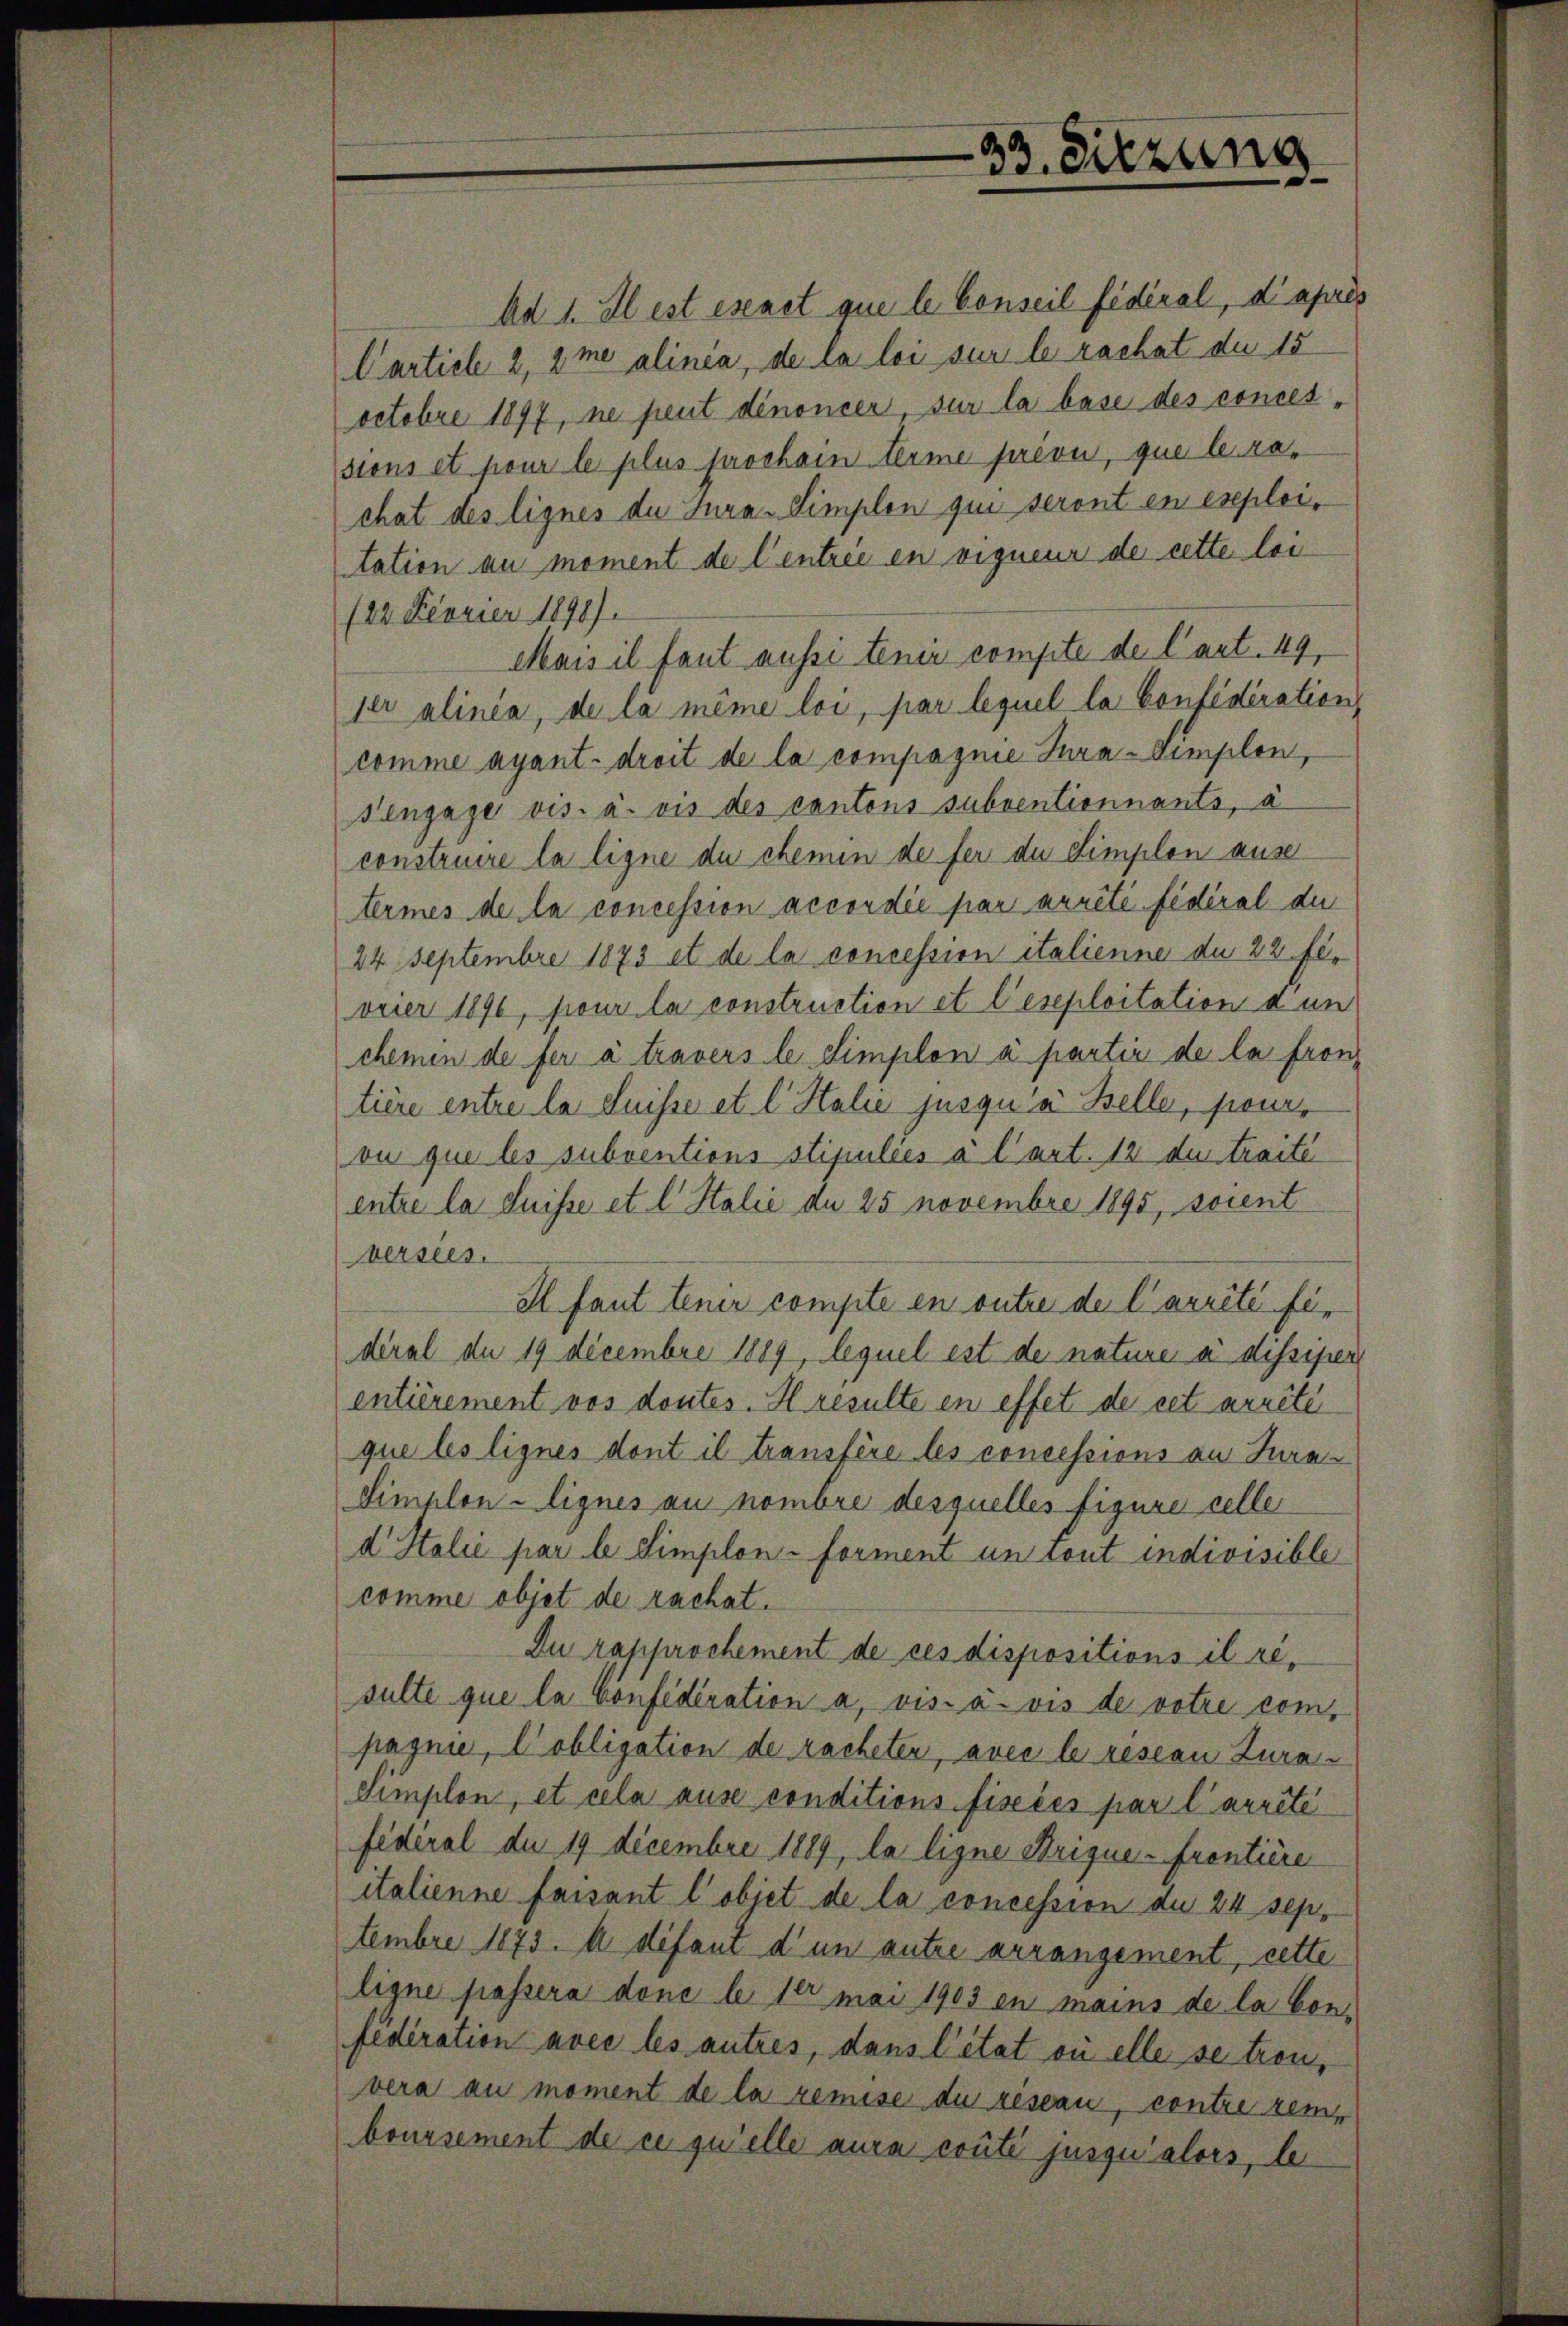
Ad 1. Il est esenet que le Conseil fédéral, d’après
Carticle 2, 2 me alinia, de la loi sur le rachat du 15
octobre 1897, ne peut dénoncer, sur la base des conces-
sions et pour le plus prochain terme privi, que le rachat des lignes du Jura-Simplon qui seront en exploitation au moment de Centrée en vigneur de cette lei
122 Feorier 1890).
Mais il faut aussi tenir compte de l’art. 49,
jer alinia, de la même loi, par lequel la Confidération
comme ayant-droit de la compagnie Jura-Simplon,
Sengage vis. a. vis des cantons subventionnants, à
construire la ligne du chemin de fer du Simplon ause
termes de la concession accordée par arrêté fédéral du
24 Septembre 1873 et de la concession italienne du 22 fevrier 1896, pour la construction et l’eseploitation a un
chemen de fer à travers le Simplon à partir de la fron
tière entre la Suisse et l. Halić jusqu’à Belle, pour-
on que les subventions stipuliés à l’art. 12 du traite
entre la Suisse et l. Stalie de 25 novembre 1895, sonnt
versees.
Il faut tenir compte en outre de l’arrêté federal de 19 Decembre 1889, lequel est de nature à dissipen
entièrement vos doutes. Il resulte en effet de cet arrête
que les lignes dont il transfère les concessions an Jura¬
Simplon lignes au nombre desquelles figure celle
d Italić par le Simplon-Forment un cout indivisible
comme objet de rachat.
Du rapprochement de ces dispositions il resulte que la Confederation a, vis-à-vis de votre compagnie, Cobligation de racheten, avec le resian Zura¬
Simplon, et cela ause conditions fisciés par l’arrête
fédéral du 19 Decembre 1889, la ligne Brique-frontiere
italienne faisant l’objet de la concession du 24 sepr
tembre 1873. A défaut d’un autre arrangement, cette
ligne passera done le 1er mai 1903 in mains de la bon-
federation avec les autres, dans l’état où elle se tron,
vera au moment de la remise du reseau, contre rem-
boursement de ce quelle aura conté jusqu’alors, le

33. Sitzung